65_HS1-834228961_62-HQ-83894_Section_3
Agency: FBI
Page 172
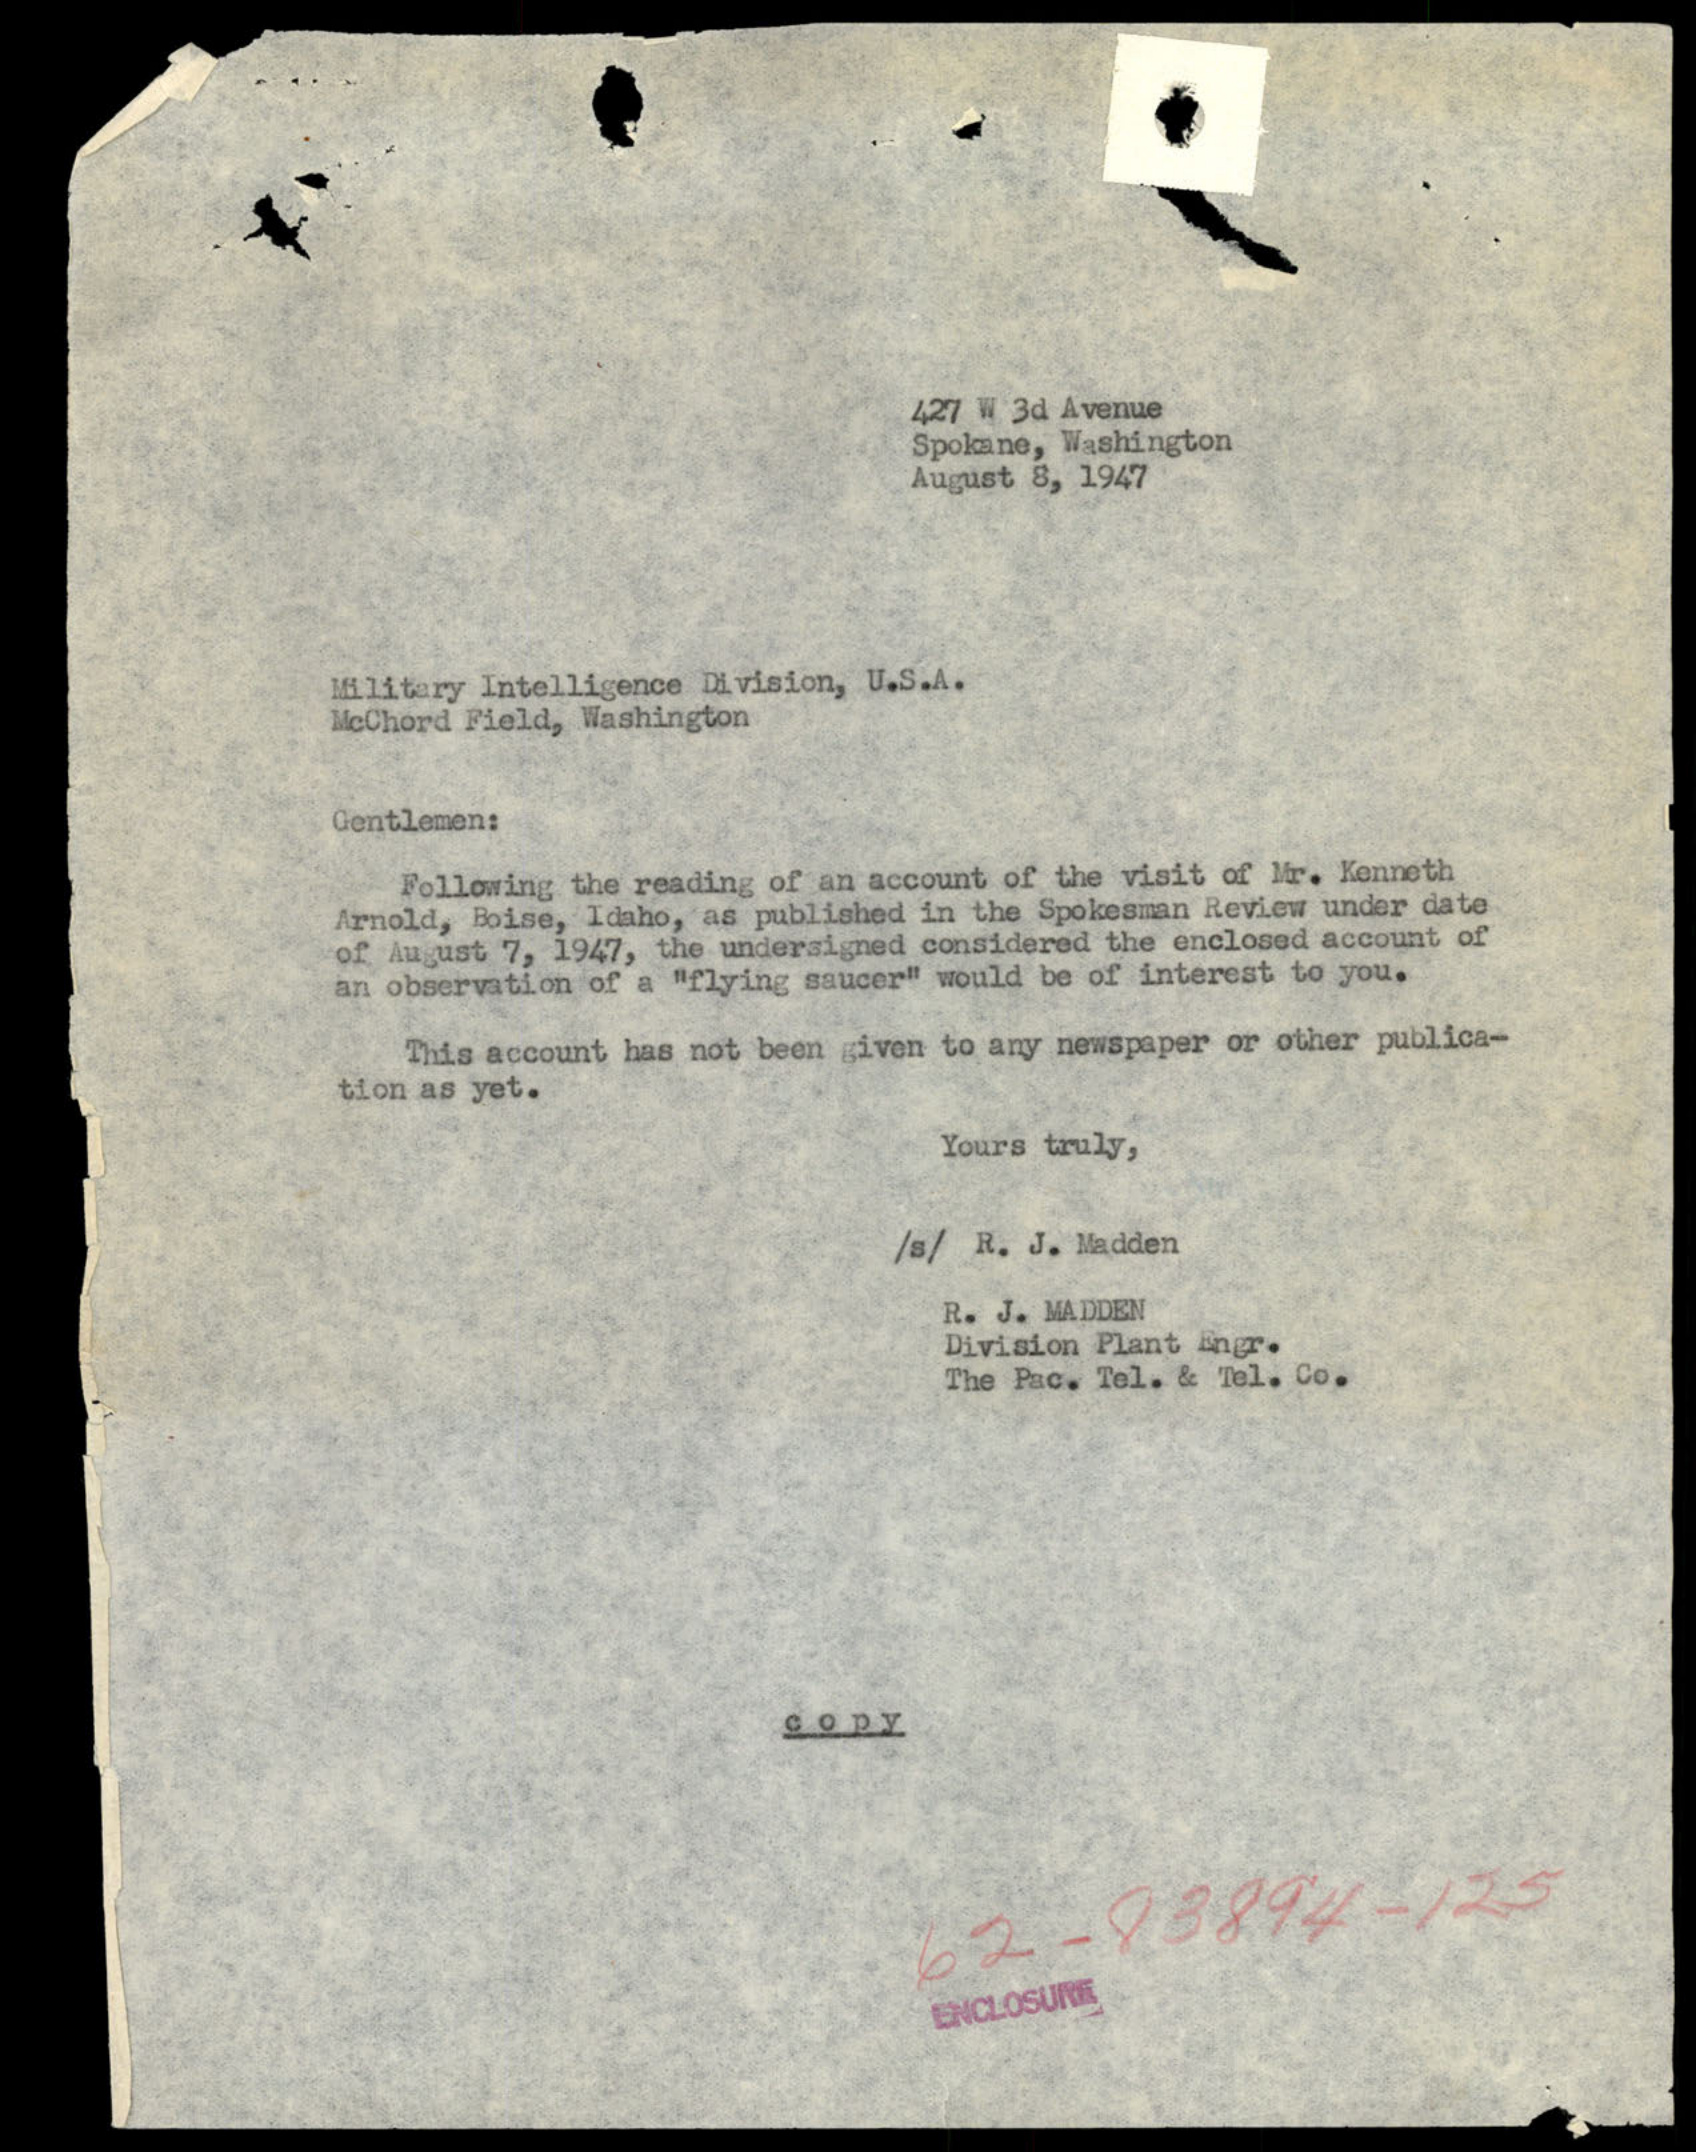